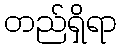
တည်ရှိရာ